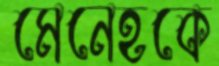
মেনেহকে